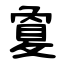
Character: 敻